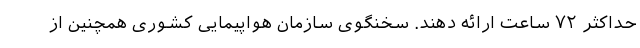
حداکثر ۷۲ ساعت ارائه دهند. سخنگوی سازمان هواپیمایی کشوری همچنین از